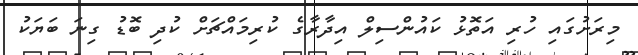
މިރަށުގައި ހުރި އަތޮޅު ކައުންސިލް އިދާރާގެ ކުރިމައްޗަށް ކުދި ބޮޑު ގިނަ ބަޔަކު